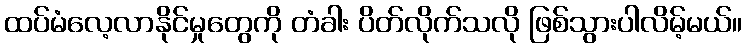
ထပ်မံလေ့လာနိုင်မှုတွေကို တံခါး ပိတ်လိုက်သလို ဖြစ်သွားပါလိမ့်မယ်။